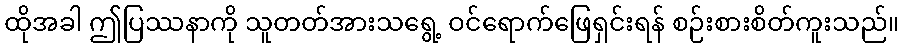
ထိုအခါ ဤပြဿနာကို သူတတ်အားသရွေ့ ဝင်ရောက်ဖြေရှင်းရန် စဉ်းစားစိတ်ကူးသည်။